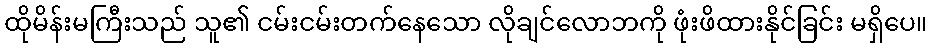
ထိုမိန်းမကြီးသည် သူ၏ ငမ်းငမ်းတက်နေသော လိုချင်လောဘကို ဖုံးဖိထားနိုင်ခြင်း မရှိပေ။